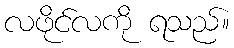
လဖိုင်လကို ရသည်။